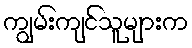
ကျွမ်းကျင်သူများက